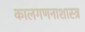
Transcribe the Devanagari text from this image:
कालगणनाशास्त्र